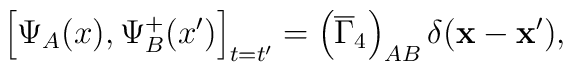
\left[ \Psi _A(x),\Psi^+ _B(x^{\prime })\right] _{t=t^{\prime}}=\left( \overline{\Gamma} _4\right) _{AB}\delta(\mathbf{x}-\mathbf{x}^{\prime }) ,